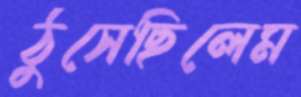
ঠুসেছিলেম